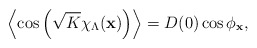
\begin{align*}\left<\cos\left(\sqrt{K}\chi_\Lambda({\bf x})\right)\right>=D(0)\cos\phi_{\bf x},\end{align*}